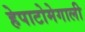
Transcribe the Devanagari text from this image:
हेपाटोमेगाली